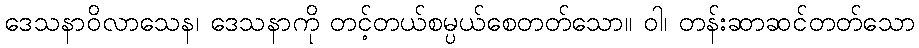
ဒေသနာဝိလာသေန၊ ဒေသနာကို တင့်တယ်စမ္ပယ်စေတတ်သော။ ဝါ၊ တန်းဆာဆင်တတ်သော